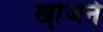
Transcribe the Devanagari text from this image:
खो़जने